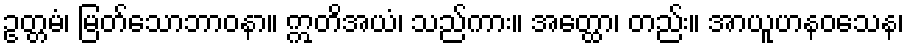
ဥတ္တမံ၊ မြတ်သောဘာဝနာ။ ဣတိအယံ၊ သည်ကား။ အတ္ထော၊ တည်း။ အာယူဟနဝသေန၊